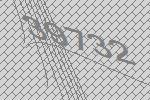
39732